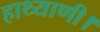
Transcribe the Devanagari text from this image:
हाथ्याणी।